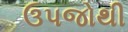
ઉપજોથી